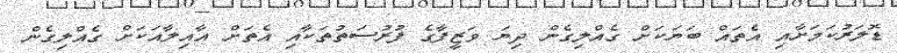
ޑޮލަރުކަމަށާއި އެތައް ބަޔަކަށް ގެއްލިގެން ދިޔަ ވަޒީފާގެ ފުރުސަތުތަކާއި އެތަށް އާއިލާއަކަށް ގެއްލިގެން